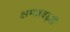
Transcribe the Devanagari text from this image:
क्षमतबढ़ती